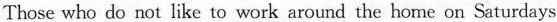
Those who do not like to work around the home on Saturdays